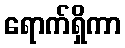
ရောက်ရှိကာ